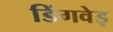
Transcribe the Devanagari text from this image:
डिंगवेइ